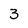
Character: 3